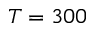
T = 3 0 0